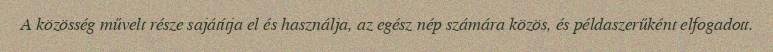
A közösség művelt része sajátítja el és használja, az egész nép számára közös, és példaszerűként elfogadott.